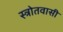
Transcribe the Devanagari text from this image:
स्त्रोतवासी